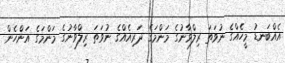
އެއްބަނޑު މީހެއްގެ ނުވަތަ ރިލްވާނުގެ މަންމަގެ ދަރިއެއްގެ ނުވަތަ ރިލްވާނުގެ މަންމަގެ އަންހެން